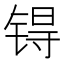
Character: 锝